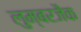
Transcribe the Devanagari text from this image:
लुम्बरजैक